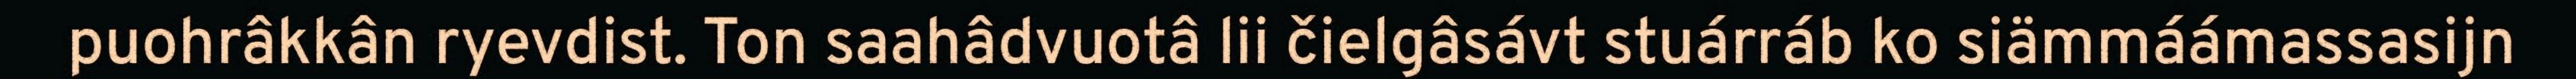
puohrâkkân ryevdist. Ton saahâdvuotâ lii čielgâsávt stuárráb ko siämmáámassasijn